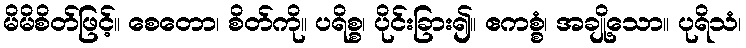
မိမိစိတ်ဖြင့်။ စေတော၊ စိတ်ကို။ ပရိစ္စ၊ ပိုင်းခြား၍။ ဧကစ္စံ၊ အချို့သော။ ပုရိသံ၊